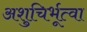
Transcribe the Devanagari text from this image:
अशुचिर्भूत्वा